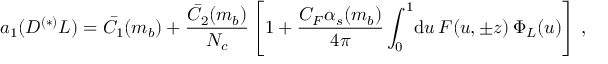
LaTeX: a _ { 1 } ( D ^ { ( * ) } L ) = \bar { C } _ { 1 } ( m _ { b } ) + \frac { \bar { C } _ { 2 } ( m _ { b } ) } { N _ { c } } \left[ 1 + \frac { C _ { F } \alpha _ { s } ( m _ { b } ) } { 4 \pi } \int _ { 0 } ^ { 1 } \! \mathrm { d } u \, F ( u , \pm z ) \, \Phi _ { L } ( u ) \right] \, ,